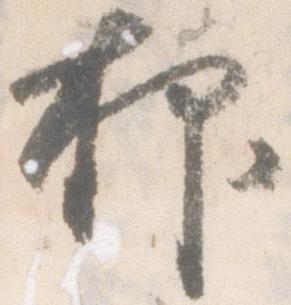
抑